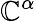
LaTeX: \mathbb{C}^{\alpha}